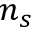
n _ { s }